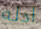
ادله